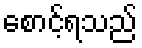
စောင့်ရသည်